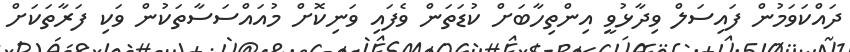
ދައްކަވަމުން ފައިސަލް ވިދާޅުވީ އިންތިހާބަށް ކުޑަތަން ވެފައި ވަނިކޮށް މުއައްސަސާތަކުން ވަކި ފަރާތަކަށް